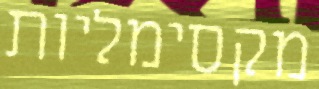
מקסימליות